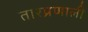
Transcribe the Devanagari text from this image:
तारप्रणाली